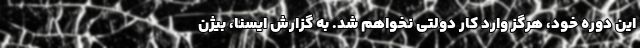
این دوره خود، هرگز وارد کار دولتی نخواهم شد. به گزارش ایسنا، بیژن